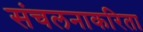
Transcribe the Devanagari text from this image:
संचलनाकरिता